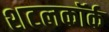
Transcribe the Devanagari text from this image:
शटलकॉर्क